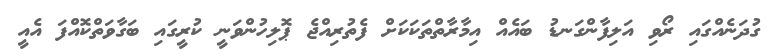
ގުދަނެއްގައި ރޯވި އަލިފާންގަނޑު ބައެއް އިމާރާތްތަކަކަށް ފެތުރިއްޖެ ޕޮލިހުންވަނީ ކުރީގައި ބަގާވަތްކޮއްފަ އެއީ